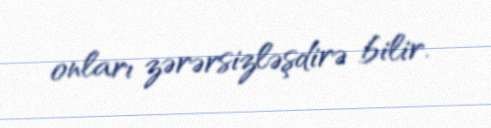
onları zərərsizləşdirə bilir.